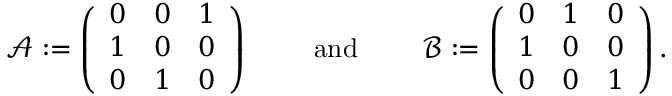
\begin{array} { r } { \mathcal { A } : = \left( \begin{array} { l l l } { 0 } & { 0 } & { 1 } \\ { 1 } & { 0 } & { 0 } \\ { 0 } & { 1 } & { 0 } \end{array} \right) \qquad \mathrm { ~ a n d ~ } \qquad \mathcal { B } : = \left( \begin{array} { l l l } { 0 } & { 1 } & { 0 } \\ { 1 } & { 0 } & { 0 } \\ { 0 } & { 0 } & { 1 } \end{array} \right) . } \end{array}